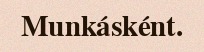
Munkásként.